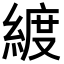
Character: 𦂀